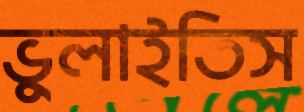
ভুলাইতিস